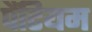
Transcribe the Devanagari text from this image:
पैंटियम